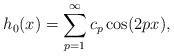
LaTeX: \begin{align*} h_{0}(x) = \sum_{p=1}^{\infty}c_{p}\cos(2px),\end{align*}